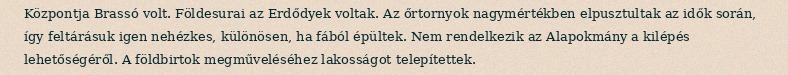
Központja Brassó volt. Földesurai az Erdődyek voltak. Az őrtornyok nagymértékben elpusztultak az idők során, így feltárásuk igen nehézkes, különösen, ha fából épültek. Nem rendelkezik az Alapokmány a kilépés lehetőségéről. A földbirtok megműveléséhez lakosságot telepítettek.